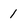
Character: 1